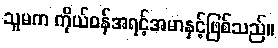
သူမက ကိုယ်ဝန်အရင့်အမာနှင့်ဖြစ်သည်။